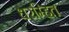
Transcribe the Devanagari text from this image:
धरम्हित